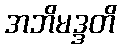
အဘိမဒ္ဒတိ